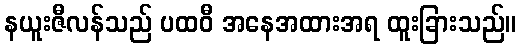
နယူးဇီလန်သည် ပထဝီ အနေအထားအရ ထူးခြားသည်။